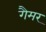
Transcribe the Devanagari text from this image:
गैमर